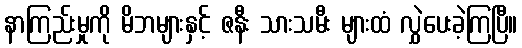
နာကြည်းမှုကို မိဘများနှင့် ဇနီး သားသမီး များထံ လွှဲပေးခဲ့ကြပြီ။